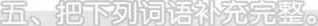
五、把下列词语补充完整。